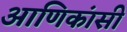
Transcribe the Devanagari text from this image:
आणिकांसी